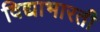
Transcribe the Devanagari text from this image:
विद्याभारती